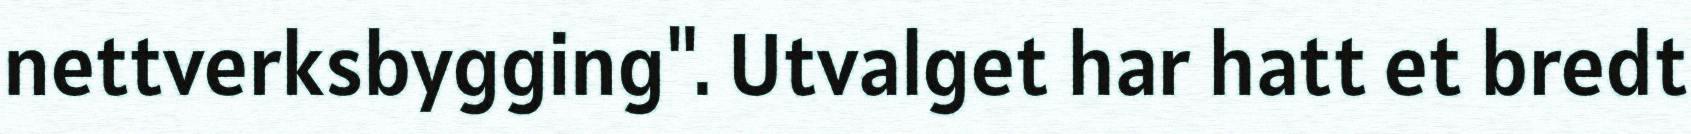
nettverksbygging". Utvalget har hatt et bredt